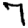
Digit: 7